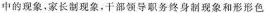
中的现象，家长制现象，干部领导务终身制现象和形形色